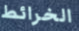
الخرائط